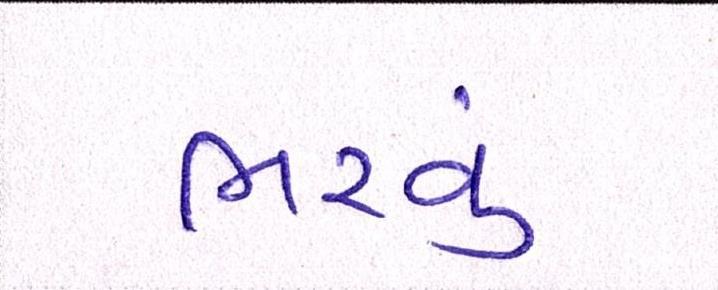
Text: ભરવું